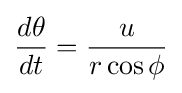
{\frac {d\theta }{dt}}={\frac {u}{r\cos \phi }}